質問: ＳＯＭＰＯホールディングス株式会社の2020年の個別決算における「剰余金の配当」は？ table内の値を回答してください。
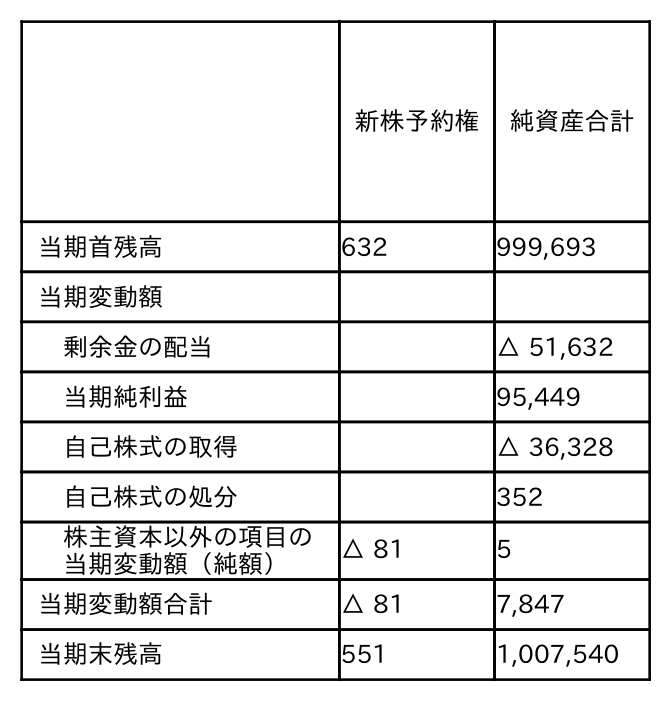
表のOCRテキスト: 新株予約権 純資産合計 当期首残高 632 999,693 当期変動額 剰余金の配当 △ 51,632 当期純利益 95,449 自己株式の取得 △ 36,328 自己株式の処分 352 株主資本以外の項目の 当期変動額（純額） △ 81 5 当期変動額合計 △ 81 7,847 当期末残高 551 1,007,540
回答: △51,632